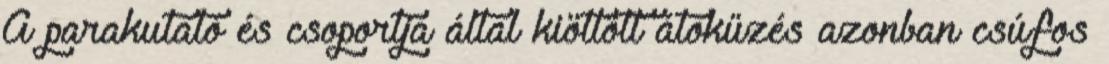
A parakutató és csoportja által kiötlött átokűzés azonban csúfos